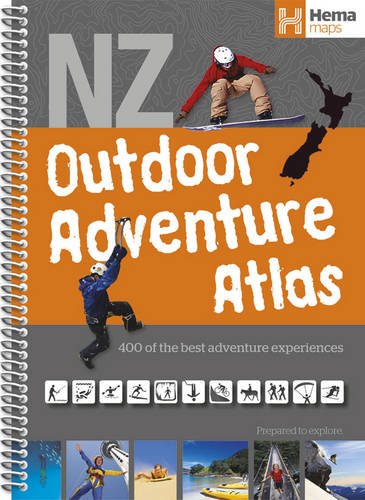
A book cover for New Zealand Outdoor Adventure Atlas; Travel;